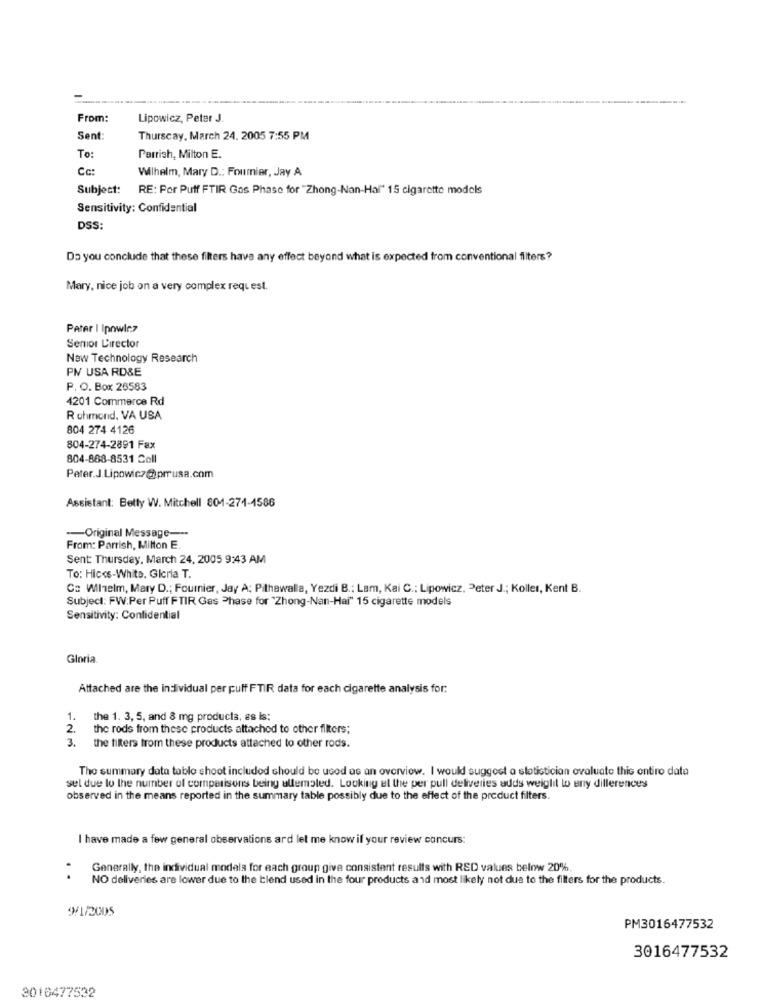
From:
Lipowicz, Peter J.
Sent:
Thurscay, March 24, 2005 7:55 PM
To:
Parrish, Milton E.
Wilhelm, Mary D .: Foumier, Jay A
Subject: RE: Por Puff FTIR Gas Phase for "Zhong-Nan-Hal" 15 cigarette models
Sensitivity: Confidential
DSS:
Do you conclude that these filters have any effect beyond what is expected from conventional filters?
Mary, nice job on a very complex request.
Pater | Ipowicz
Senior Director
New Technology Research
PN USA ROSE
P. O. Box 26583
4201 Commerce Rd
Rohmond, VA USA
804 274 4126
804-274-2891 Fax
804-868-8531 Coll
Peter.J.Lipowicz@prusa.com
Assistant: Betty W. Mitchell 801-271-1586
-- Original Message ---
From: Parrish, Milton E.
Sent: Thursday, March 24, 2005 9:43 AM
To: Hiccs-White. Gicria T.
Co Wilhelm, Mary D .; Fournier, Jay A: Pithawalla, Yezdi B .: Lam, Kai C .: Lipowicz, Peter J .; Koller, Kent B.
Subject: FW:Per Puff FTIR Gas Phase for "Zhong-Nan-Hai" 15 cigarette models
Sensitivity: Confidential
Gloria
Attached are the individual per puff FTIR data for each cigarette analysis for:
1.
the 1. 3, 5, and 8 mg products, as Is;
2.
the rods from these products altached to other filters;
3.
the filters from these products attached to other rods.
The summary data table shoot included should be used as an overview. I would suggest a statistician evaluate this entire data
sel due to the number of comparisons being allemoled. Looking at the per pull deliveries adds weiglit to any dillerences
observed in the means reported in the summary table possibly due to the effect of the product filters.
I have made a few general observations ard let me know if your review concurs:
.
Generally, the individual models for each group give consistent results with RED values below 20%
NO deliveries are lower due to the blend used in the four products and most likely not due to the filters for the products.
9/1/2005
PM3016477532
3016477532
2016477532